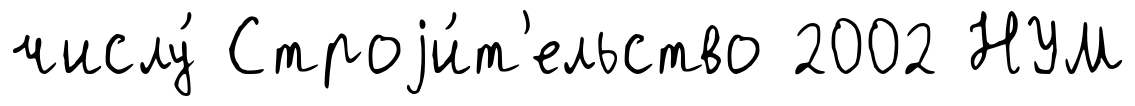
числу́ Строjи́т'ельство 2002 НУМ